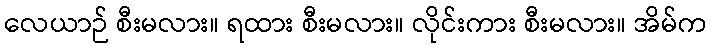
လေယာဉ် စီးမလား။ ရထား စီးမလား။ လိုင်းကား စီးမလား။ အိမ်က